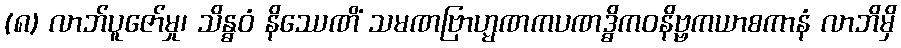
(၈) လာဘ်ပူဇော်မှု၊ သိန္ဓဝံ နိဿေဏိံ သမဏဗြာဟ္မဏကပဏဒ္ဓိကဝနိဗ္ဗကယာစကာနံ လာဘိမှိ